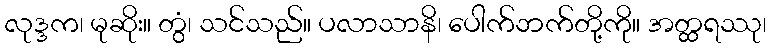
လုဒ္ဒက၊ မုဆိုး။ တွံ၊ သင်သည်။ ပလာသာနိ၊ ပေါက်ဘက်တို့ကို။ အတ္ထရဿု၊